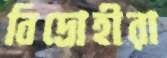
বিদ্রোহীরা